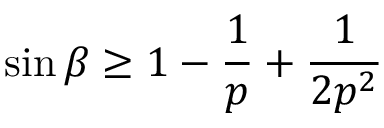
\sin \beta \ge 1 - \frac { 1 } { p } + \frac { 1 } { 2 p ^ { 2 } }